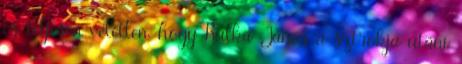
és teljesen véletlen, hogy Kulka János a sztrókja utáni